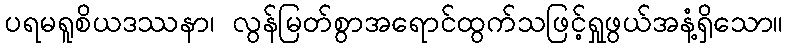
ပရမရူစိယဒဿနာ၊ လွန်မြတ်စွာအရောင်ထွက်သဖြင့်ရှုဖွယ်အနံ့ရှိသော။